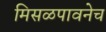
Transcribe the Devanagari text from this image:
मिसळपावनेच